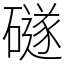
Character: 礈